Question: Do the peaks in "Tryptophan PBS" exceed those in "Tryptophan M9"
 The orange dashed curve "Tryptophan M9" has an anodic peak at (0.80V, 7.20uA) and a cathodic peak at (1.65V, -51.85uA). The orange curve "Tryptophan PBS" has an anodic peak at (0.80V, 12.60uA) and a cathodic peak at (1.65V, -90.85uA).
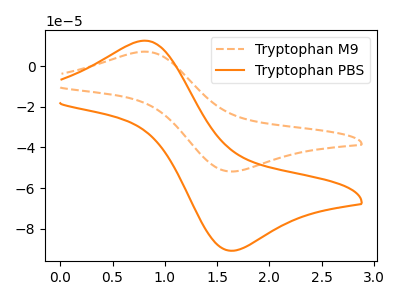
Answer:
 <answer>Every peak in "Tryptophan PBS" is higher than every peak in "Tryptophan M9".</answer>
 <eval>higher</eval>